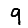
Digit: 9